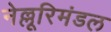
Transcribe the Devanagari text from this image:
नेल्लूरिमंडल